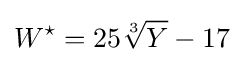
W^{\star }=25{\sqrt[{3}]{Y}}-17